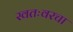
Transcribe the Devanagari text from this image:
स्वतःवरचा